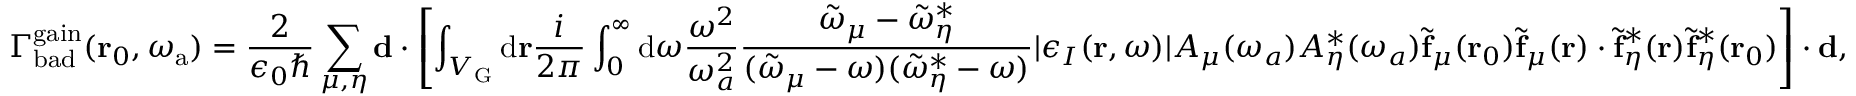
\Gamma _ { \mathrm { b a d } } ^ { \mathrm { g a i n } } ( \mathbf { r } _ { 0 } , \omega _ { \mathrm { a } } ) = \frac { 2 } { \epsilon _ { 0 } \hbar } \sum _ { \mu , \eta } \mathbf { d } \cdot \left[ \int _ { V _ { \mathrm { G } } } { \mathrm d } { \bf r } \frac { i } { 2 \pi } \int _ { 0 } ^ { \infty } { \mathrm d } \omega \frac { \omega ^ { 2 } } { \omega _ { a } ^ { 2 } } \frac { \tilde { \omega } _ { \mu } - \tilde { \omega } _ { \eta } ^ { * } } { ( \tilde { \omega } _ { \mu } - \omega ) ( \tilde { \omega } _ { \eta } ^ { * } - \omega ) } | \epsilon _ { I } ( \mathbf { r } , \omega ) | A _ { \mu } ( \omega _ { a } ) A _ { \eta } ^ { * } ( \omega _ { a } ) \tilde { \mathbf { f } } _ { \mu } ( \mathbf { r } _ { 0 } ) \tilde { \mathbf { f } } _ { \mu } ( \mathbf { r } ) \cdot \tilde { \mathbf { f } } _ { \eta } ^ { * } ( \mathbf { r } ) \tilde { \mathbf { f } } _ { \eta } ^ { * } ( \mathbf { r } _ { 0 } ) \right] \cdot \mathbf { d } ,